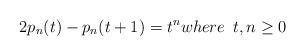
\begin{align*}2p_{n}(t)-p_{n}(t+1)=t^nwhere\thinspace\thinspace\thinspace t,n\geq0\end{align*}